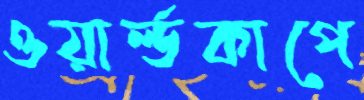
ওয়ার্ল্ডকাপে